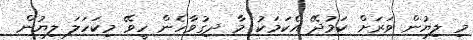
މި ލިޔުން ވަރަށް ކަމުދޭ އެކަމަކު މާ ދިގުވާހެން ހީވޭ މިކަހަލަ ލިޔުން